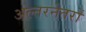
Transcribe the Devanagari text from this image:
अल्तरनेतरों